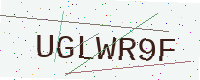
Text: UGLWR9F